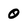
Character: 0